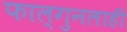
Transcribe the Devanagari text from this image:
फाल्गुनलाही